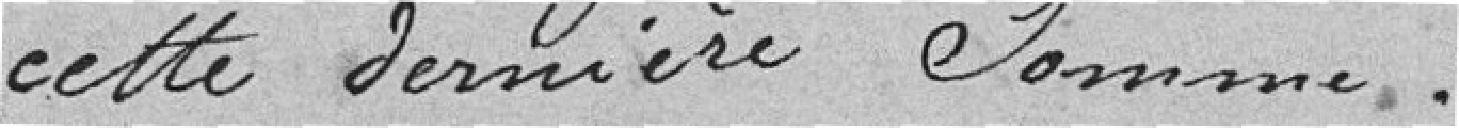
cette dernière somme